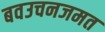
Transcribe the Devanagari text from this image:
बवउचनजमत